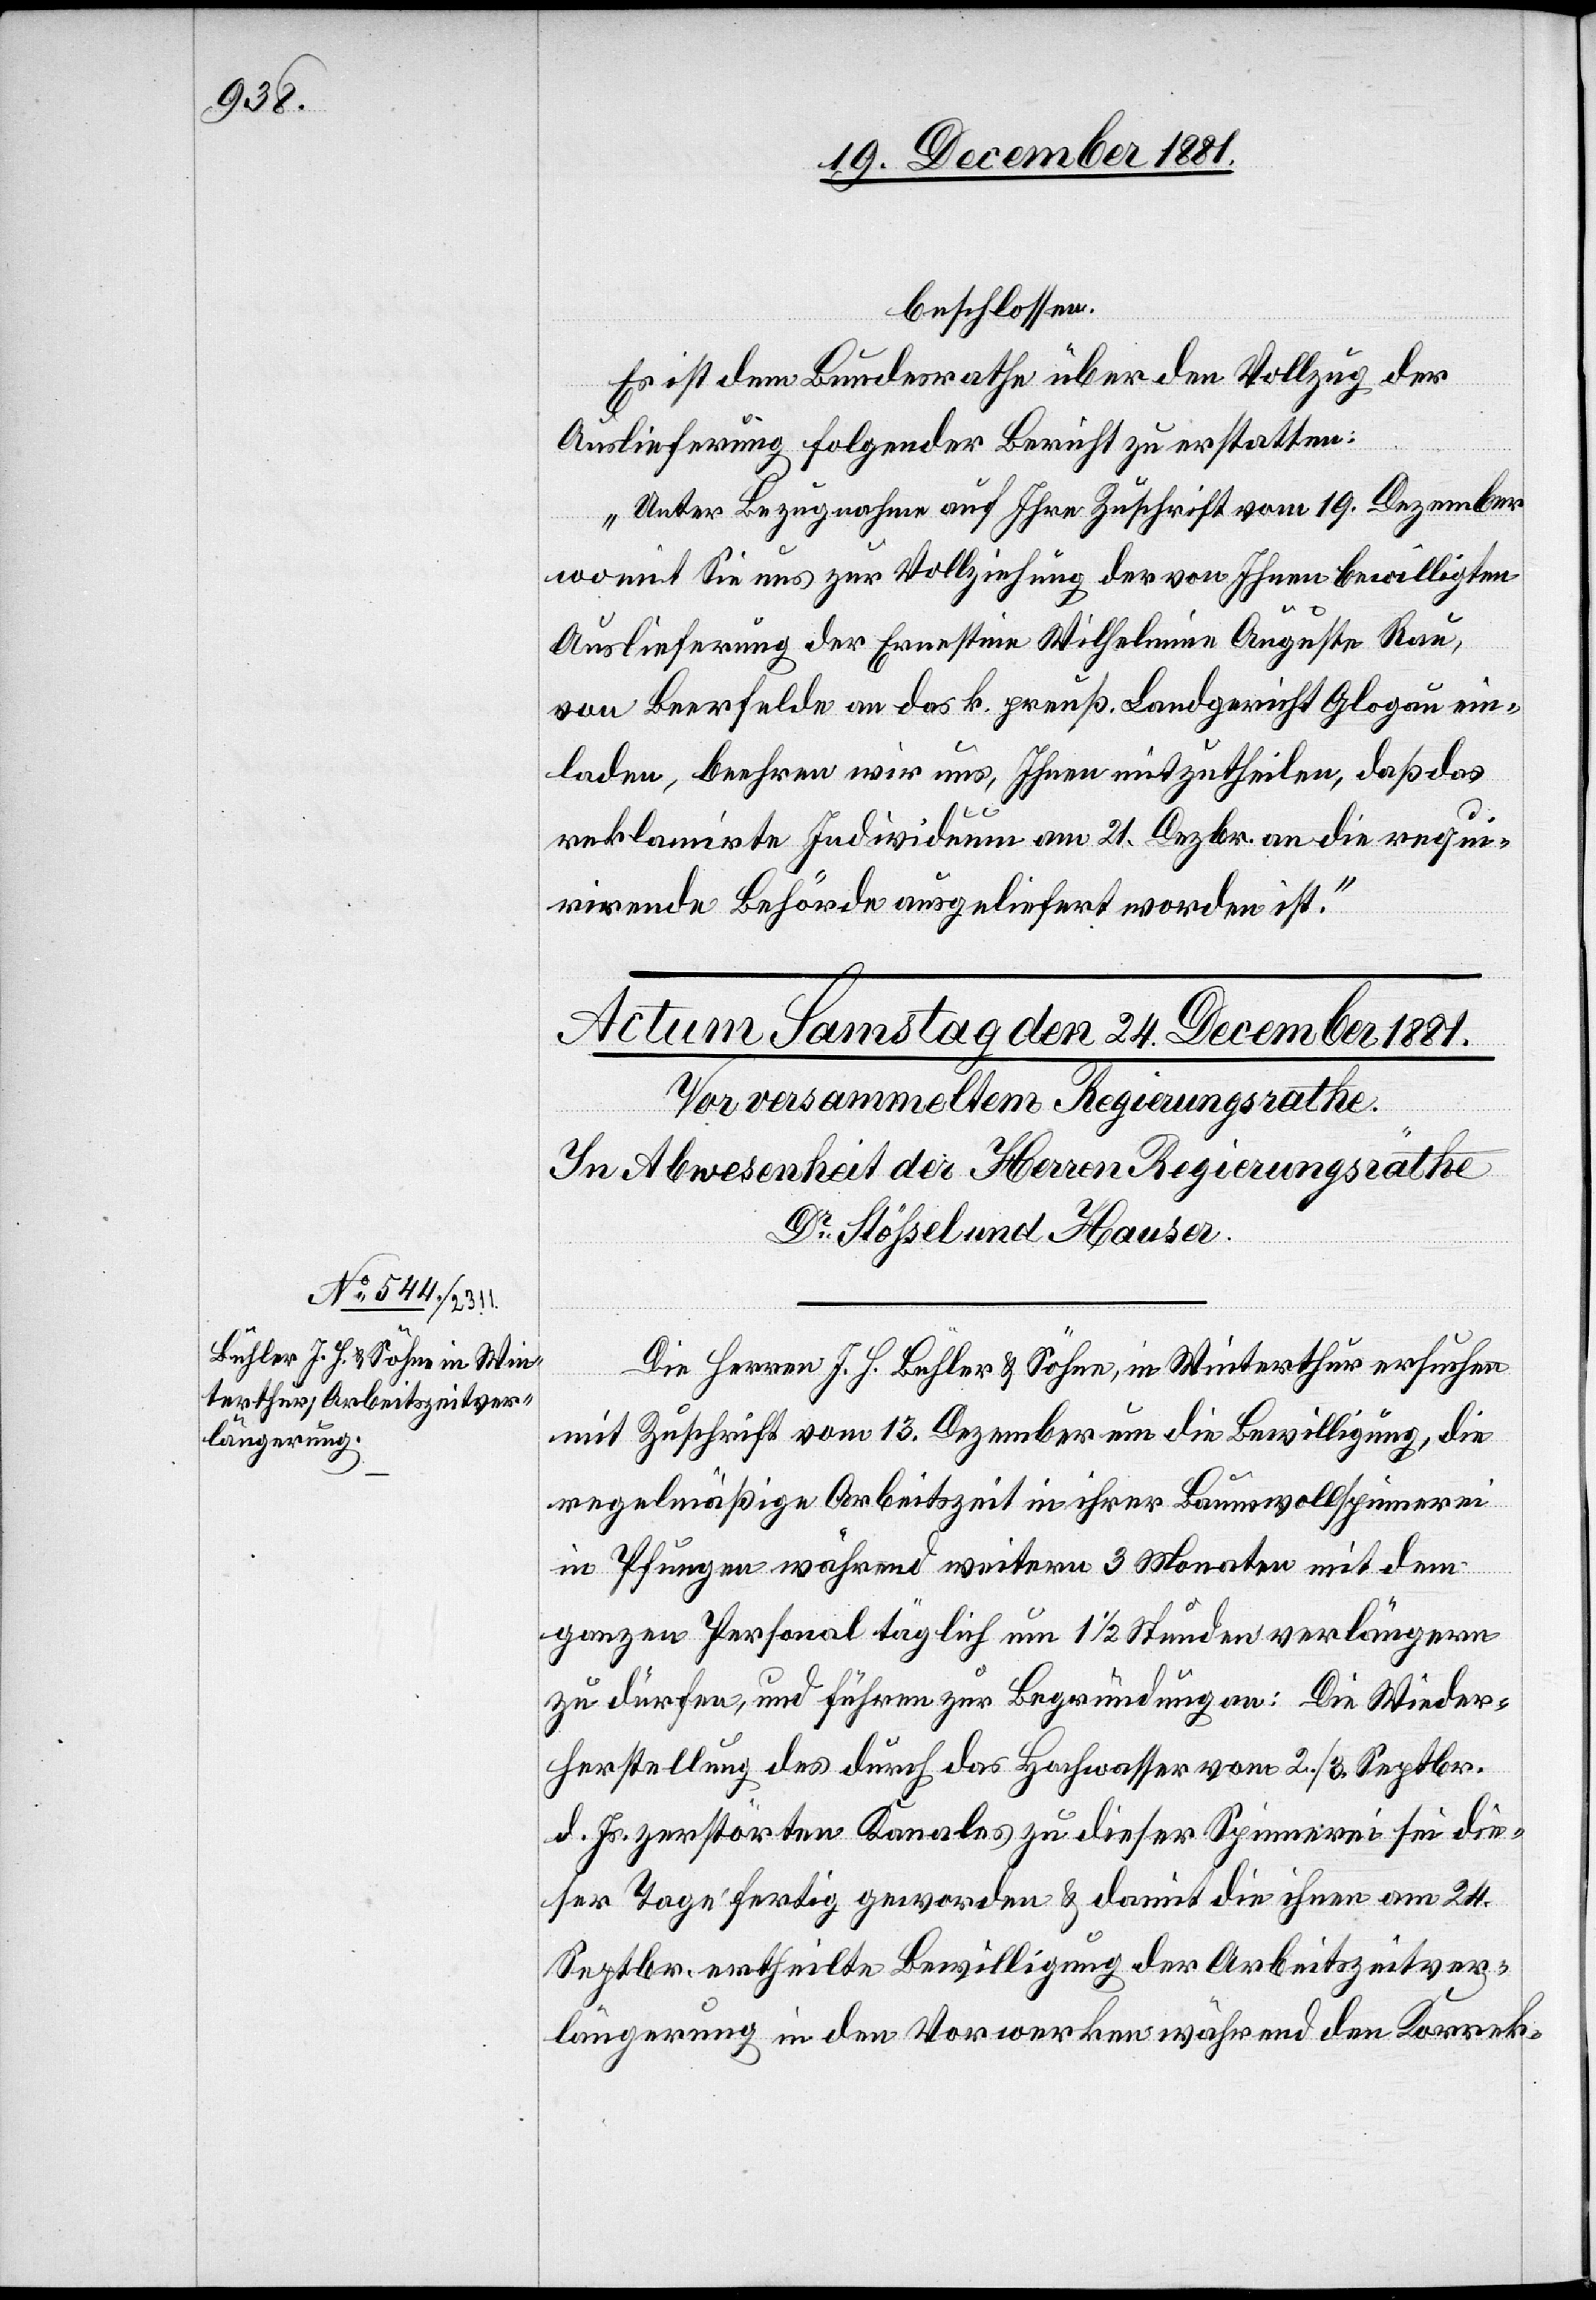
beschlossen
Es ist dem Bundesrathe über den Vollzug der
Auslieferung folgender Bericht zu erstatten:
„Unter Bezugnahme auf Ihre Zuschrift vom 19. Dezember
womit Sie uns zur Vollziehung der von Ihnen bewilligten
Auslieferung der Ernestine Wilhelmine Auguste Rau,
von Beerfelde an das k. preuß. Landgericht Glogau ein¬
laden, beehren wir uns, Ihnen mitzutheilen, daß das
reklamirte Individuum am 21. Dezbr. an die requi¬
rirende Behörde ausgeliefert worden ist.“
Die Herren J. H. Bühler & Söhne, in Winterthur ersuchen
mit Zuschrift vom 13. Dezember um die Bewilligung, die
regelmäßige Arbeitszeit in ihrer Baumwollspinnerei
in Pfungen während weitern 3 Monaten mit dem
ganzen Personal täglich um 1 1/2 Stunden verlängern
zu dürfen, und führen zur Begründung an: Die Wieder¬
herstellung des durch das Hochwasser vom 2./3. Septbr.
d. Js. zerstörten Kanales zu dieser Spinnerei sei die¬
ser Tage fertig geworden & damit die ihnen am 24.
Septbr. ertheilte Bewilligung der Arbeitszeitver¬
längerung in den Vorwerken während den Korrek-